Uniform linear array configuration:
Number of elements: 24
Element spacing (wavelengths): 0.75
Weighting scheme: blackman
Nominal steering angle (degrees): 45
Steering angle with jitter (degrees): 43.24
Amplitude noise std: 0.05
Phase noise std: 0.05

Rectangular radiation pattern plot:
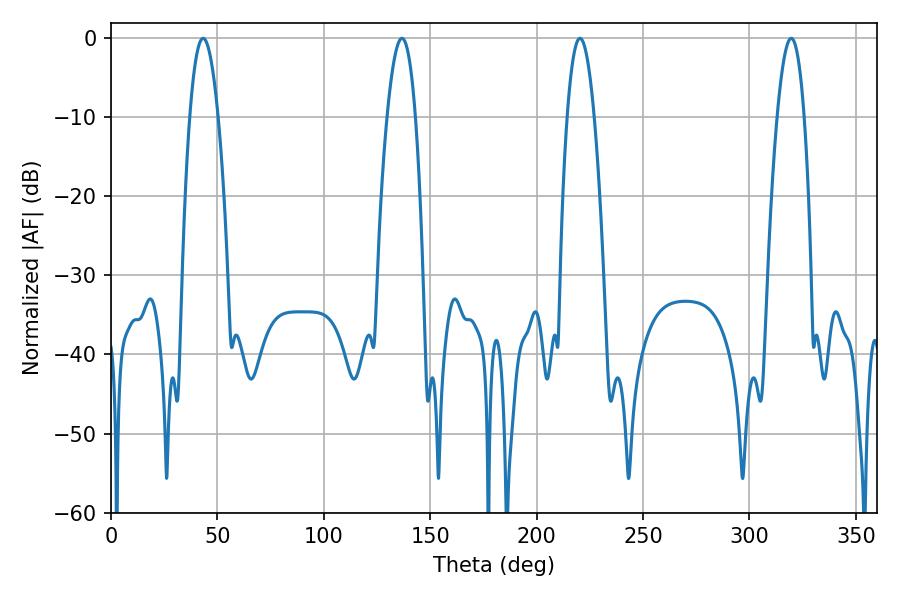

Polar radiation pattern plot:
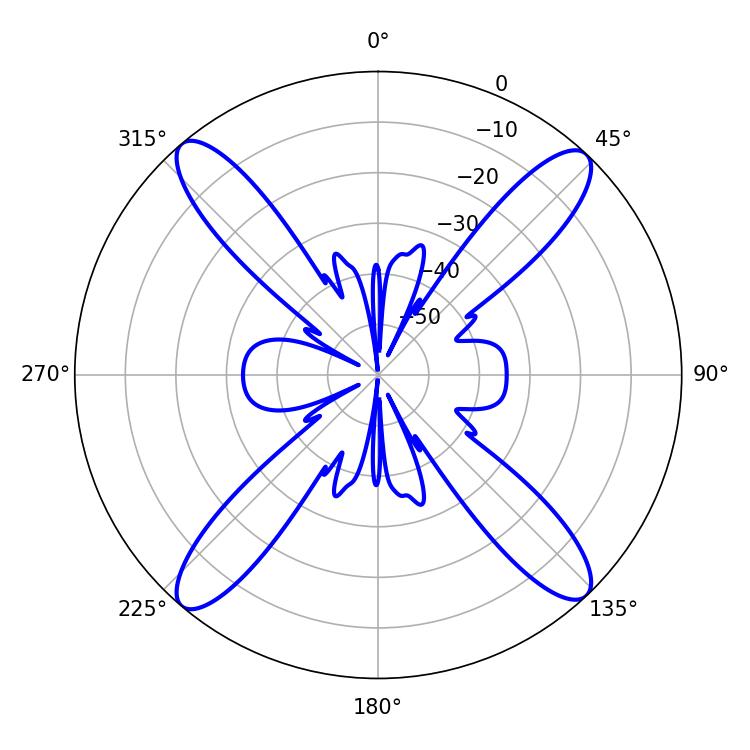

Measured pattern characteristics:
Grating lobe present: TRUE
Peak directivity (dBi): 20.307
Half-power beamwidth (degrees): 7.02
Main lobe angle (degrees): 220.32